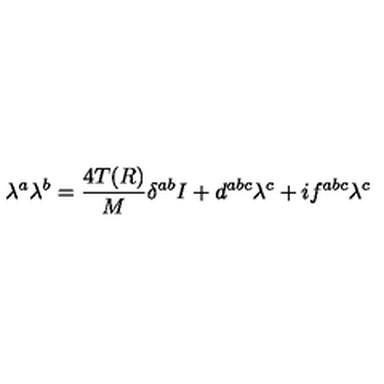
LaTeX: \lambda ^ { a } \lambda ^ { b } = \frac { 4 T ( R ) } { M } \delta ^ { a b } I + d ^ { a b c } \lambda ^ { c } + i f ^ { a b c } \lambda ^ { c }